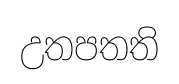
උතපතති